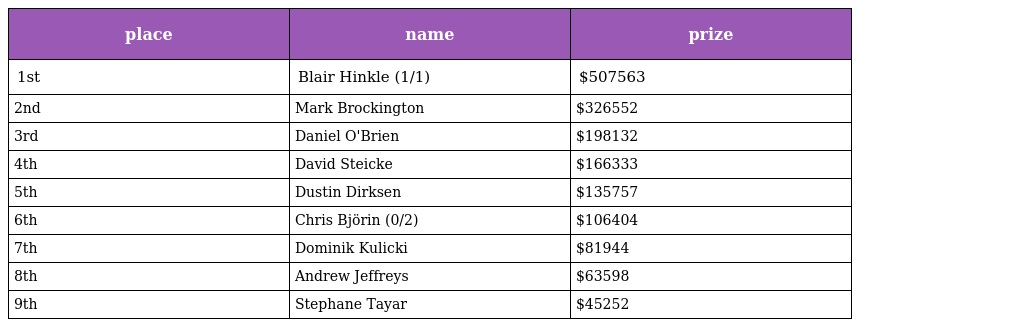
| place | name | prize |
 | --- | --- | --- |
 | 1st | Blair Hinkle (1/1) | $507563 |
 | 2nd | Mark Brockington | $326552 |
 | 3rd | Daniel O'Brien | $198132 |
 | 4th | David Steicke | $166333 |
 | 5th | Dustin Dirksen | $135757 |
 | 6th | Chris Björin (0/2) | $106404 |
 | 7th | Dominik Kulicki | $81944 |
 | 8th | Andrew Jeffreys | $63598 |
 | 9th | Stephane Tayar | $45252 |